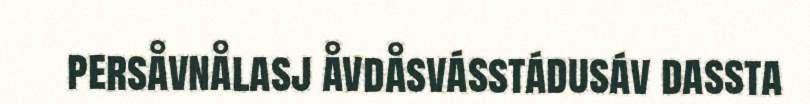
persåvnålasj åvdåsvásstádusáv dassta